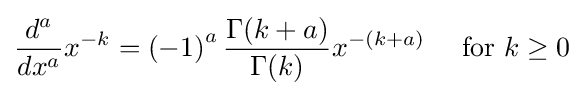
{\frac {d^{a}}{dx^{a}}}x^{-k}=\left(-1\right)^{a}{\dfrac {\Gamma (k+a)}{\Gamma (k)}}x^{-(k+a)}\quad {\text{ for }}k\geq 0